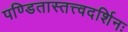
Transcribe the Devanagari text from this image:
पण्डितास्तत्त्वदर्शिनः